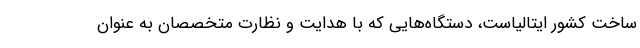
ساخت کشور ایتالیاست، دستگاه‌هایی که با هدایت و نظارت متخصصان به عنوان